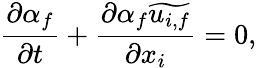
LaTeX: \frac{\partial\alpha_{f}}{\partial t}+\frac{\partial\alpha_{f}\widetilde{u_{i,f}}}{\partial x_{i}}=0,